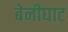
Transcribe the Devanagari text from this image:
बेनीघाट